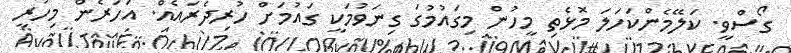
ގޯސްވީ. ކަލޭމެންކަހަލަ މޮޅެތި މީހުން މިގައުމުގަ ގިނަވުމަކީ ގައުމަށް ހުރިދެރައެއް. އަހަރެން މިހުރީ